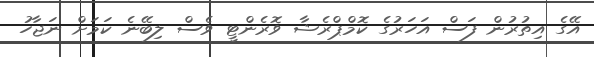
އޭގެ އިތުރުން ފަސް އަހަރުގެ ކޮމްޕްރެޝާ ވޮރެންޓީ ވެސް ލިބޭނެ ކަމަށް ނަޖާހު